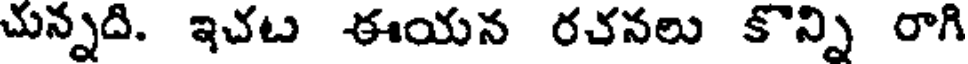
చున్నది. ఇచట ఈయన రచనలు కొన్ని రాగి